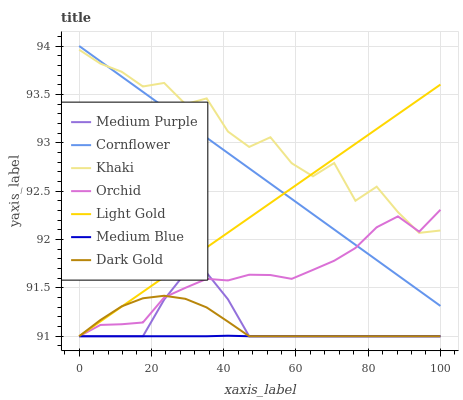
| xaxis_label | Medium Purple | Cornflower | Khaki | Orchid | Light Gold | Medium Blue | Dark Gold |
 | --- | --- | --- | --- | --- | --- | --- | --- |
 | 0 | 91 | 94 | 94 | 91 | 91 | 91 | 91 |
 | 5.88 | 91 | 93.8 | 93.8 | 91.1 | 91.2 | 91 | 91.2 |
 | 11.8 | 91 | 93.7 | 93.7 | 91.1 | 91.3 | 91 | 91.3 |
 | 17.6 | 91 | 93.5 | 93.6 | 91.1 | 91.5 | 91 | 91.4 |
 | 23.5 | 91.4 | 93.4 | 93.6 | 91.4 | 91.6 | 91 | 91.4 |
 | 29.4 | 91.7 | 93.2 | 93.4 | 91.5 | 91.8 | 91 | 91.4 |
 | 35.3 | 91.7 | 93.1 | 93.5 | 91.6 | 91.9 | 91 | 91.3 |
 | 41.2 | 91.4 | 92.9 | 93.1 | 91.6 | 92.1 | 91 | 91.2 |
 | 47.1 | 91 | 92.7 | 93 | 91.6 | 92.2 | 91 | 91 |
 | 52.9 | 91 | 92.6 | 93.1 | 91.6 | 92.4 | 91 | 91 |
 | 58.8 | 91 | 92.4 | 92.8 | 91.6 | 92.5 | 91 | 91 |
 | 64.7 | 91 | 92.3 | 92.7 | 91.7 | 92.7 | 91 | 91 |
 | 70.6 | 91 | 92.1 | 92.8 | 91.8 | 92.8 | 91 | 91 |
 | 76.5 | 91 | 91.9 | 92.4 | 91.9 | 93 | 91 | 91 |
 | 82.4 | 91 | 91.8 | 92.5 | 92.1 | 93.1 | 91 | 91 |
 | 88.2 | 91 | 91.6 | 92.3 | 92.2 | 93.3 | 91 | 91 |
 | 94.1 | 91 | 91.5 | 92.1 | 92.1 | 93.4 | 91 | 91 |
 | 100 | 91 | 91.3 | 92.1 | 92.3 | 93.6 | 91 | 91 |